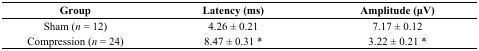
<table><thead><tr><td><b>Group</b></td><td><b>Latency (ms)</b></td><td><b>Amplitude (μV)</b></td></tr></thead><tbody><tr><td>Sham (<i>n</i> = 12)</td><td>4.26 ± 0.21</td><td>7.17 ± 0.12</td></tr><tr><td>Compression (<i>n</i> = 24)</td><td>8.47 ± 0.31 *</td><td>3.22 ± 0.21 *</td></tr></tbody></table>